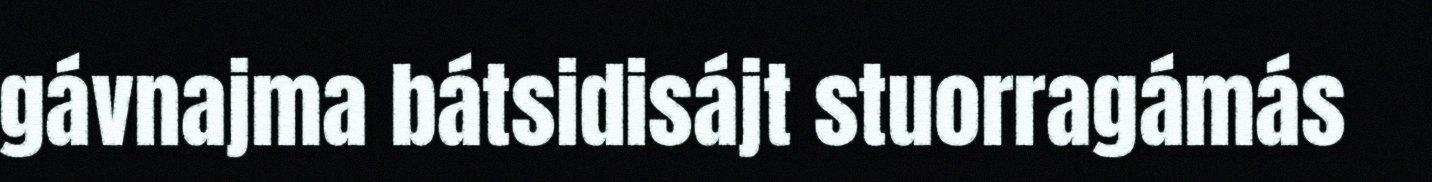
gávnajma bátsidisájt stuorragámás